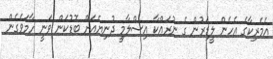
އެމެރިކާގެ އެހެން ލީޑަރުން ގެ ނުރައްކާ އިސްލާމީ ދުނިޔެއަށް ބޮޑުކަން ވަނީ ހާމަވެގެން